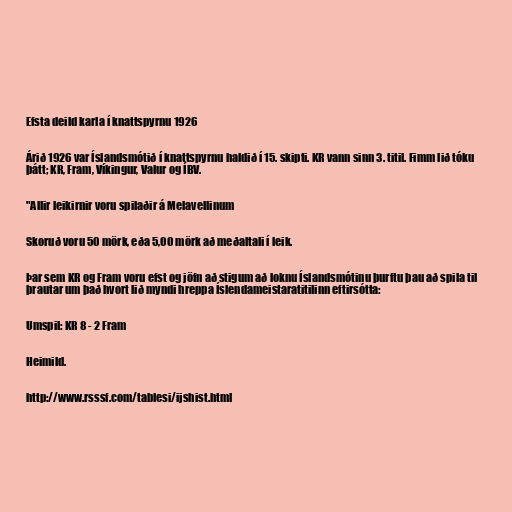
Efsta deild karla í knattspyrnu 1926

Árið 1926 var Íslandsmótið í knattspyrnu haldið í 15. skipti. KR vann sinn 3. titil. Fimm lið tóku
þátt; KR, Fram, Víkingur, Valur og ÍBV.

"Allir leikirnir voru spilaðir á Melavellinum

Skoruð voru 50 mörk, eða 5,00 mörk að meðaltali í leik.

Þar sem KR og Fram voru efst og jöfn að stigum að loknu Íslandsmótinu þurftu þau að spila til
þrautar um það hvort lið myndi hreppa Íslendameistaratitilinn eftirsótta:

Umspil: KR 8 - 2 Fram

Heimild.

http://www.rsssf.com/tablesi/ijshist.html